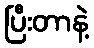
ပြီးတာနဲ့